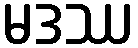
မဒဿ